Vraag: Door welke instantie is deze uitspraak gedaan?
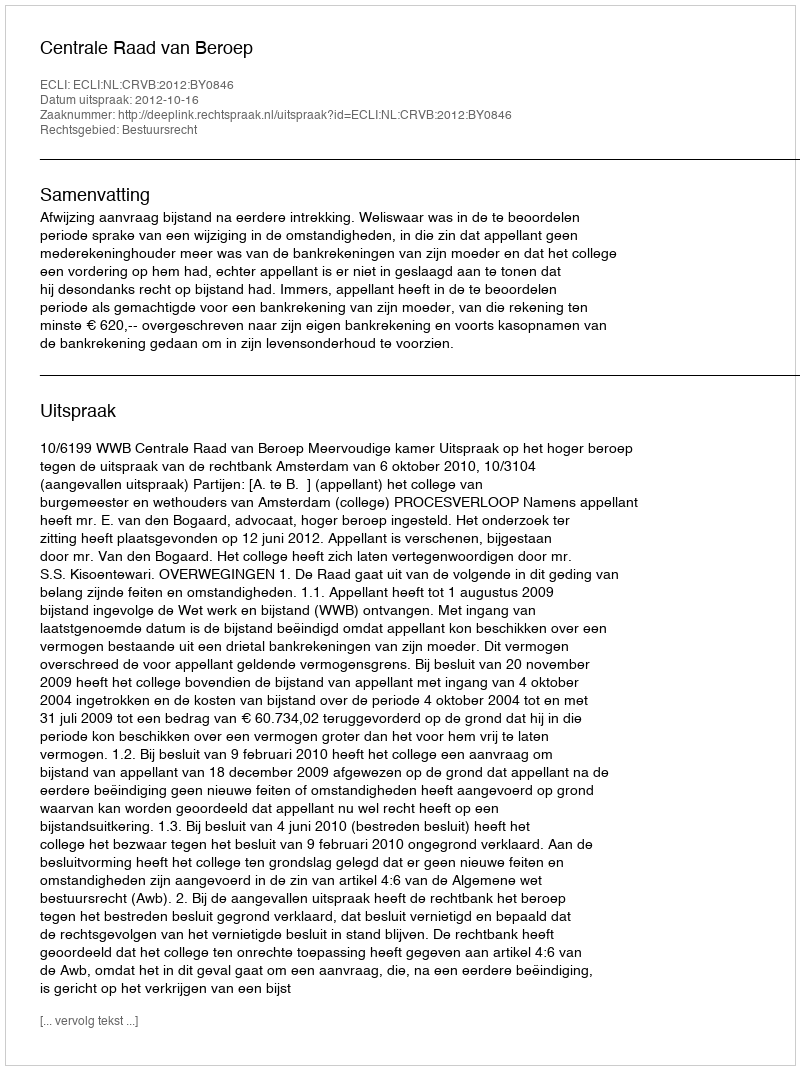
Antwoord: Centrale Raad van Beroep